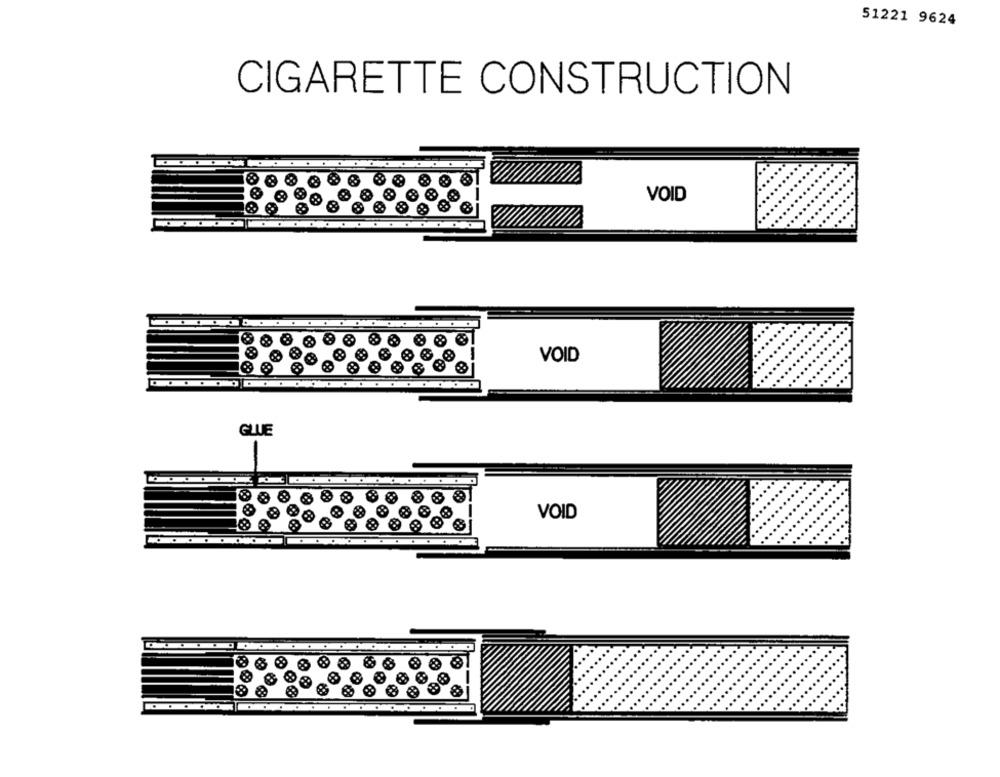
51221 9624
CIGARETTE CONSTRUCTION
VOID
VOID
GLUE
VOID